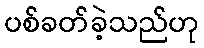
ပစ်ခတ်ခဲ့သည်ဟု